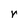
Character: r